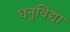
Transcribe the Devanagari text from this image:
धनुविद्या